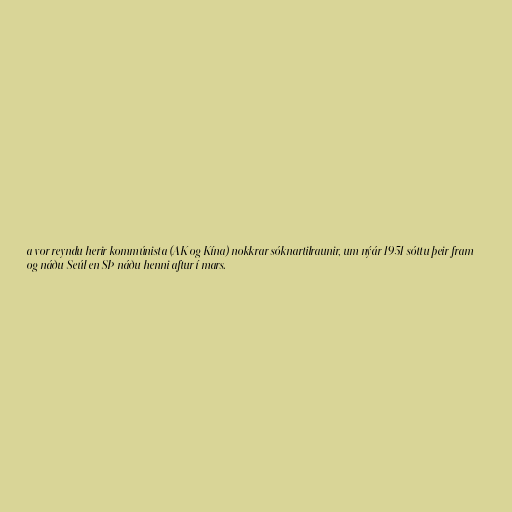
a vor reyndu herir kommúnista (AK og Kína) nokkrar sóknartilraunir, um nýár 1951 sóttu þeir fram
og náðu Seúl en SÞ náðu henni aftur í mars.